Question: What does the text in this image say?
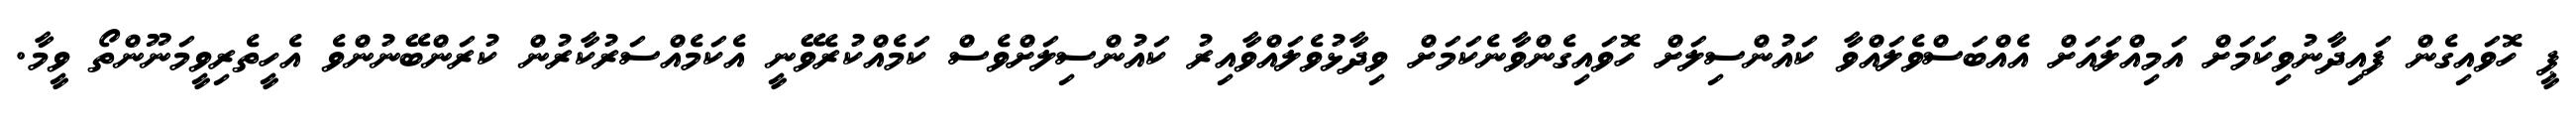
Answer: ޕީ ހޮވައިގެން ފައިދާނުވިކަމަށް އަމިއްލައަށް އެއްބަސްވެލައްވާ ކައުންސިލަށް ހޮވައިގެންވާނެކަމަށް ވިދާޅުވެލައްވާއިރު ކައުންސިލަށްވެސް ކަމެއްކުރެވޭނީ އެކަމެއްސަރުކާރުން ކުރަންބޭނުންވެ އެހީތެރިވީމަނޫންތޯ ވީމާ.